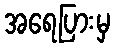
အရေပြားမှ